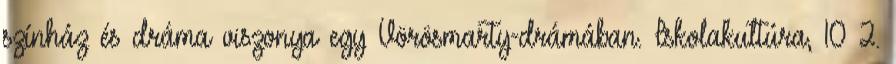
színház és dráma viszonya egy Vörösmarty-drámában. Iskolakultúra, 10 2.